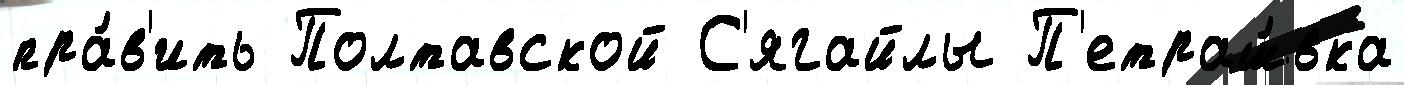
пра́в'ить Полтавской С'ягайлы П'етраш́вка